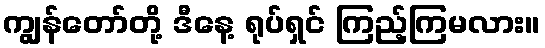
ကျွန်တော်တို့ ဒီနေ့ ရုပ်ရှင် ကြည့်ကြမလား။